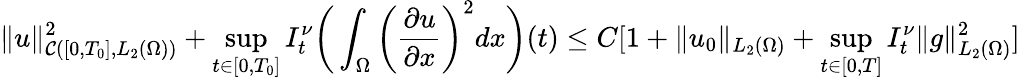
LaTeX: \| u\| _{\mathcal{C}([0,T_{0}],L_{2}(\Omega))}^{2}+\underset{t\in[0,T_{0}]}{\operatorname*{sup}}I_{t}^{\nu}\bigg(\int_{\Omega}\bigg(\frac{\partial u}{\partial x}\bigg)^{2}dx\bigg)(t)\leq C[1+\| u_{0}\| _{L_{2}(\Omega)}+\underset{t\in[0,T]}{\operatorname*{sup}}I_{t}^{\nu}\| g\| _{L_{2}(\Omega)}^{2}]